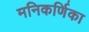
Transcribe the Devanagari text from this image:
मनिकर्णिका